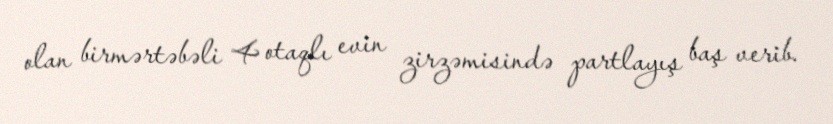
olan birmərtəbəli 4 otaqlı evin zirzəmisində partlayış baş verib.